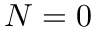
N = 0